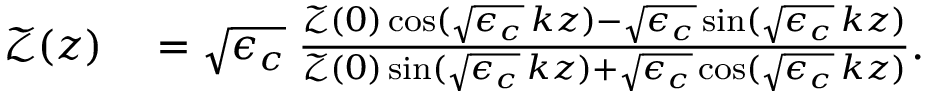
\begin{array} { r l } { \mathcal { Z } ( z ) } & { { } = \sqrt { \epsilon _ { c } } \; \frac { \mathcal { Z } ( 0 ) \cos ( \sqrt { \epsilon _ { c } } \, k z ) - \sqrt { \epsilon _ { c } } \sin ( \sqrt { \epsilon _ { c } } \, k z ) } { \mathcal { Z } ( 0 ) \sin ( \sqrt { \epsilon _ { c } } \, k z ) + \sqrt { \epsilon _ { c } } \cos ( \sqrt { \epsilon _ { c } } \, k z ) } . } \end{array}